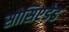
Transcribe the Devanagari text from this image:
सोसिएडेड